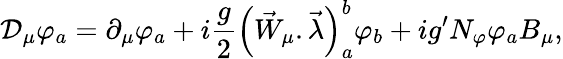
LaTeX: {\cal D}_{\mu}\varphi_{a}=\partial_{\mu}\varphi_{a}+i\frac{g}{2}\left(\vec{W}_{\mu}.\vec{\lambda}\right)_{a}^{b}\varphi_{b}+ig^{\prime}N_{\varphi}\varphi_{a}B_{\mu},